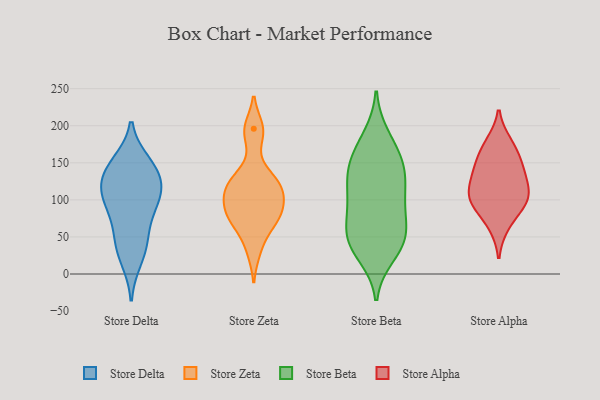
{"axis": {"x": "Budget (USD K)", "y": "Value"}, "legend": ["Store Alpha", "Store Beta", "Store Delta", "Store Zeta"], "data": [{"x": "", "y": 116, "type": "Store Delta"}, {"x": "", "y": 44, "type": "Store Delta"}, {"x": "", "y": 145, "type": "Store Delta"}, {"x": "", "y": 75, "type": "Store Delta"}, {"x": "", "y": 100, "type": "Store Delta"}, {"x": "", "y": 105, "type": "Store Delta"}, {"x": "", "y": 137, "type": "Store Delta"}, {"x": "", "y": 130, "type": "Store Delta"}, {"x": "", "y": 20, "type": "Store Delta"}, {"x": "", "y": 98, "type": "Store Delta"}, {"x": "", "y": 149, "type": "Store Delta"}, {"x": "", "y": 41, "type": "Store Delta"}, {"x": "", "y": 66, "type": "Store Zeta"}, {"x": "", "y": 86, "type": "Store Zeta"}, {"x": "", "y": 115, "type": "Store Zeta"}, {"x": "", "y": 190, "type": "Store Zeta"}, {"x": "", "y": 84, "type": "Store Zeta"}, {"x": "", "y": 118, "type": "Store Zeta"}, {"x": "", "y": 32, "type": "Store Zeta"}, {"x": "", "y": 107, "type": "Store Zeta"}, {"x": "", "y": 68, "type": "Store Zeta"}, {"x": "", "y": 89, "type": "Store Zeta"}, {"x": "", "y": 134, "type": "Store Zeta"}, {"x": "", "y": 196, "type": "Store Zeta"}, {"x": "", "y": 123, "type": "Store Zeta"}, {"x": "", "y": 60, "type": "Store Beta"}, {"x": "", "y": 133, "type": "Store Beta"}, {"x": "", "y": 186, "type": "Store Beta"}, {"x": "", "y": 147, "type": "Store Beta"}, {"x": "", "y": 91, "type": "Store Beta"}, {"x": "", "y": 25, "type": "Store Beta"}, {"x": "", "y": 108, "type": "Store Beta"}, {"x": "", "y": 115, "type": "Store Beta"}, {"x": "", "y": 178, "type": "Store Beta"}, {"x": "", "y": 80, "type": "Store Beta"}, {"x": "", "y": 137, "type": "Store Beta"}, {"x": "", "y": 100, "type": "Store Beta"}, {"x": "", "y": 32, "type": "Store Beta"}, {"x": "", "y": 151, "type": "Store Beta"}, {"x": "", "y": 40, "type": "Store Beta"}, {"x": "", "y": 154, "type": "Store Beta"}, {"x": "", "y": 51, "type": "Store Beta"}, {"x": "", "y": 58, "type": "Store Beta"}, {"x": "", "y": 46, "type": "Store Beta"}, {"x": "", "y": 166, "type": "Store Alpha"}, {"x": "", "y": 99, "type": "Store Alpha"}, {"x": "", "y": 176, "type": "Store Alpha"}, {"x": "", "y": 127, "type": "Store Alpha"}, {"x": "", "y": 109, "type": "Store Alpha"}, {"x": "", "y": 139, "type": "Store Alpha"}, {"x": "", "y": 97, "type": "Store Alpha"}, {"x": "", "y": 66, "type": "Store Alpha"}, {"x": "", "y": 144, "type": "Store Alpha"}, {"x": "", "y": 99, "type": "Store Alpha"}]}